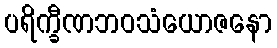
ပရိက္ခီဏဘဝသံယောဇနော